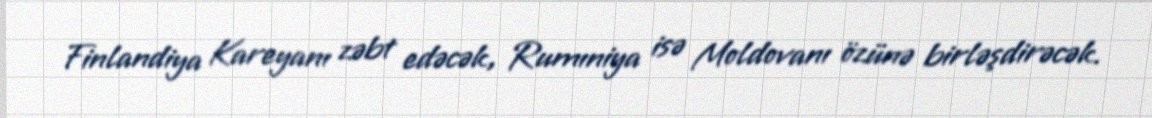
Finlandiya Kareyanı zəbt edəcək, Rumıniya isə Moldovanı özünə birləşdirəcək.